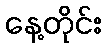
နေ့တိုင်း